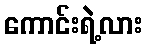
ကောင်းရဲ့လား